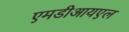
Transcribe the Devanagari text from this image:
एमडीआयएल